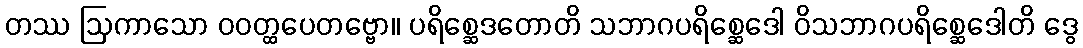
တဿ ဩကာသော ဝဝတ္ထပေတဗ္ဗော။ ပရိစ္ဆေဒတောတိ သဘာဂပရိစ္ဆေဒေါ ဝိသဘာဂပရိစ္ဆေဒေါတိ ဒွေ